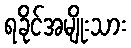
ရခိုင်အမျိုးသား